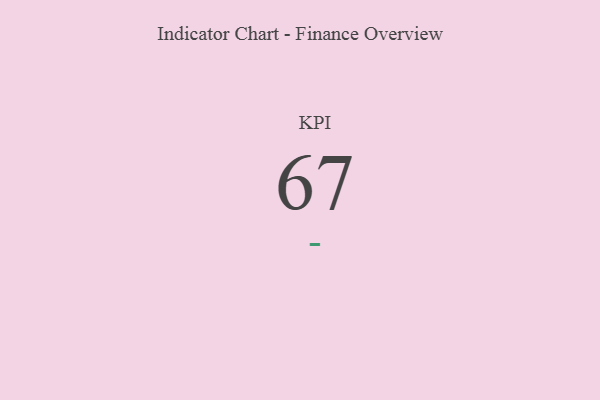
{"axis": {"x": "KPI", "y": "Value"}, "legend": [""], "data": [{"x": "KPI", "y": 67, "type": ""}]}